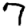
Digit: 7